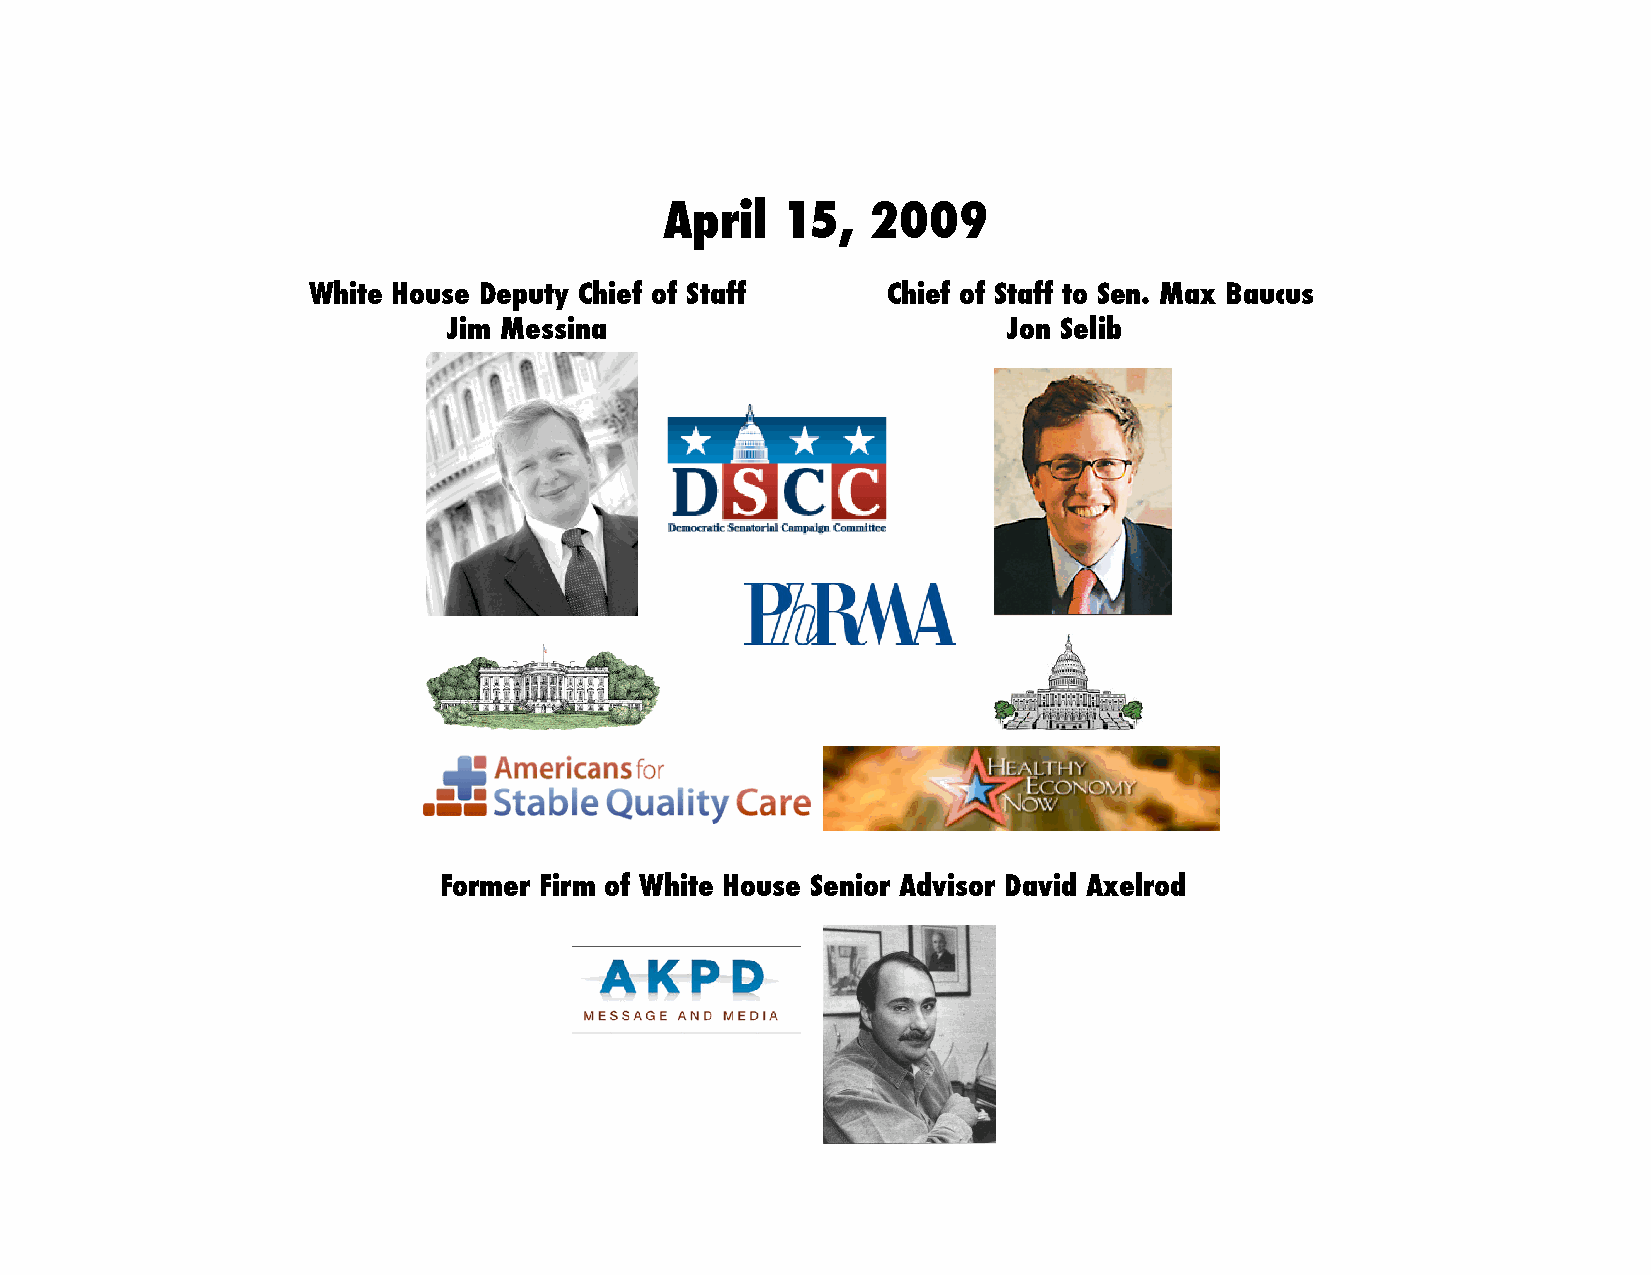
April   15,   2009!
 White House Deputy Chief of Staff !    Chief of Staff to Sen. Max Baucus !
 Jim Messina!                         Jon Selib!
 Former Firm of White House Senior Advisor David Axelrod!